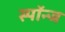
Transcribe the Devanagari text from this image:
स्पॉन्ज